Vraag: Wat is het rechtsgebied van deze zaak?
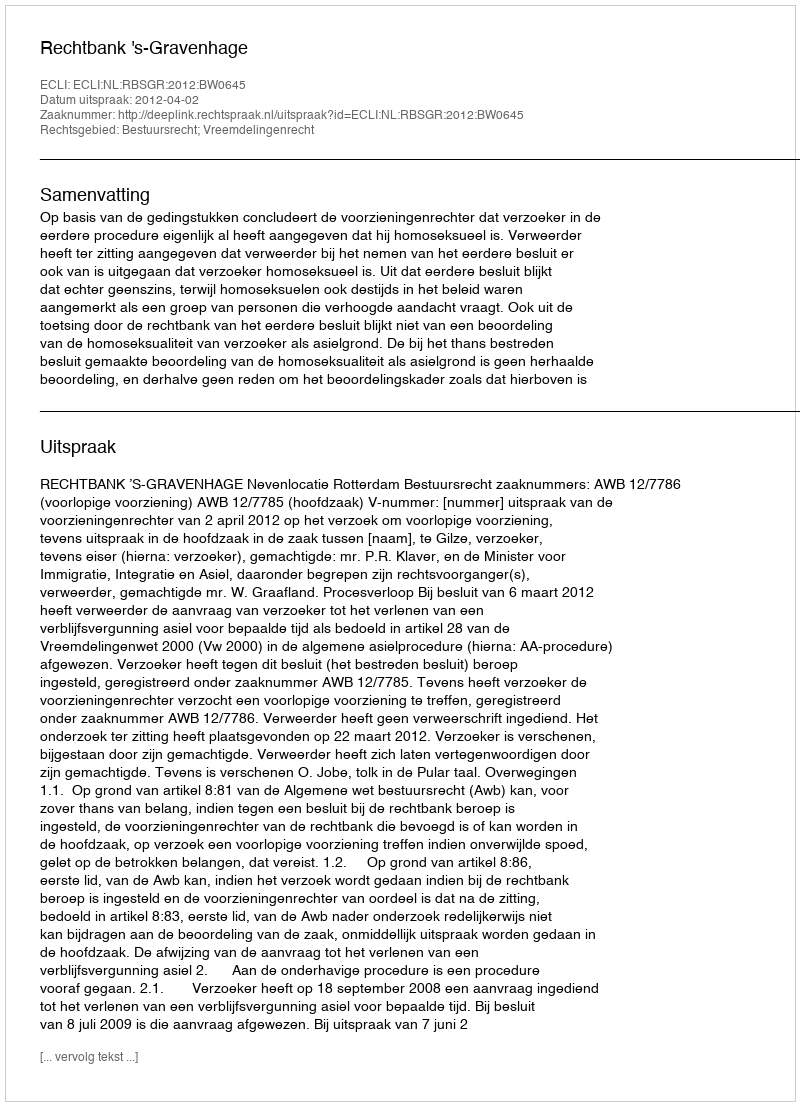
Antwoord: Bestuursrecht; Vreemdelingenrecht